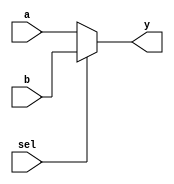
module mux_2_to_1 (
    input wire a,         // Input signal a
    input wire b,         // Input signal b
    input wire sel,       // Select signal
    output reg y          // Output signal
);

// Combinational logic using an always block
always @(*) begin
    // Default value for output
    y = 1'b0;

    // Continuous assignment based on select signal
    if (sel) begin
        y = b;            // If sel is 1, output b
    end else begin
        y = a;            // If sel is 0, output a
    end
end

endmodule